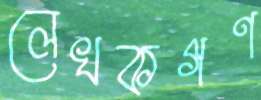
লেখকগণ